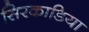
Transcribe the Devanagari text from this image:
सिरकाडिया